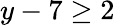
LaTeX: y-7\geq 2